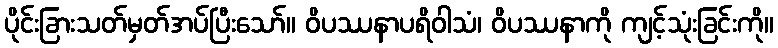
ပိုင်းခြားသတ်မှတ်အပ်ပြီးသော်။ ဝိပဿနာပရိဝါသံ၊ ဝိပဿနာကို ကျင့်သုံးခြင်းကို။